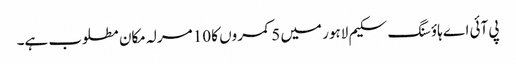
پی آئی اے ہاؤسنگ سکیم لاہور میں 5 کمروں کا 10 مرلہ مکان مطلوب ہے۔